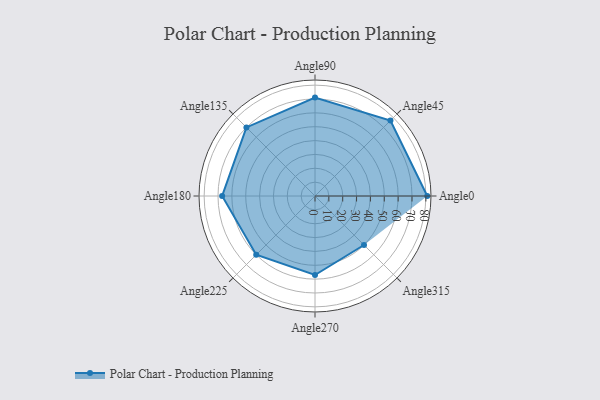
{"axis": {"x": "Angle", "y": "Radius"}, "legend": [""], "data": [{"x": "Angle0", "y": 81.0, "type": ""}, {"x": "Angle45", "y": 77.0, "type": ""}, {"x": "Angle90", "y": 71.0, "type": ""}, {"x": "Angle135", "y": 70.0, "type": ""}, {"x": "Angle180", "y": 67.0, "type": ""}, {"x": "Angle225", "y": 60.0, "type": ""}, {"x": "Angle270", "y": 57.0, "type": ""}, {"x": "Angle315", "y": 50, "type": ""}]}